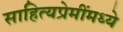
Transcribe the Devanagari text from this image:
साहित्यप्रेमींमध्ये